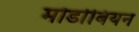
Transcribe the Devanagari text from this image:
मोर्डाबियन